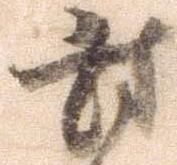
討